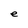
Character: e